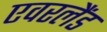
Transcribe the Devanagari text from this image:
एवरलैंड